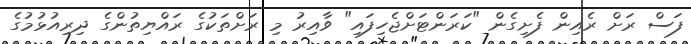
ފަސް ރަށް ރެއިން ފެށިގެން "ކަރަންޓަށްޖެހިފައި" ވާއިރު މި ރަށްތަކުގެ ރައްޔިތުންގެ ދިރިއުޅުމުގެ